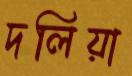
দলিয়া